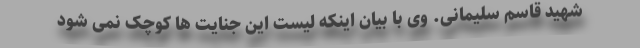
شهید قاسم سلیمانی. وی با بیان اینکه لیست این جنایت ها کوچک نمی شود